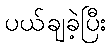
ပယ်ချခဲ့ပြီး